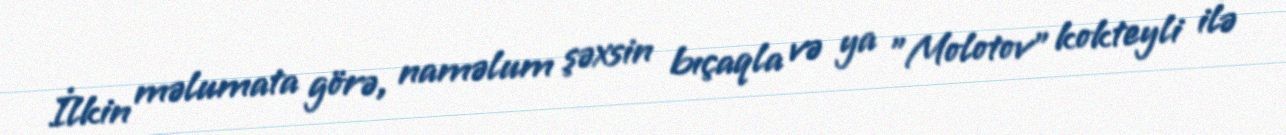
İlkin məlumata görə, naməlum şəxsin bıçaqla və ya "Molotov" kokteyli ilə